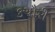
કચૌરી